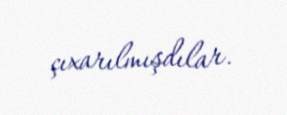
çıxarılmışdılar.